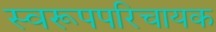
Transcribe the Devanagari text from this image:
स्वरूपपरिचायक